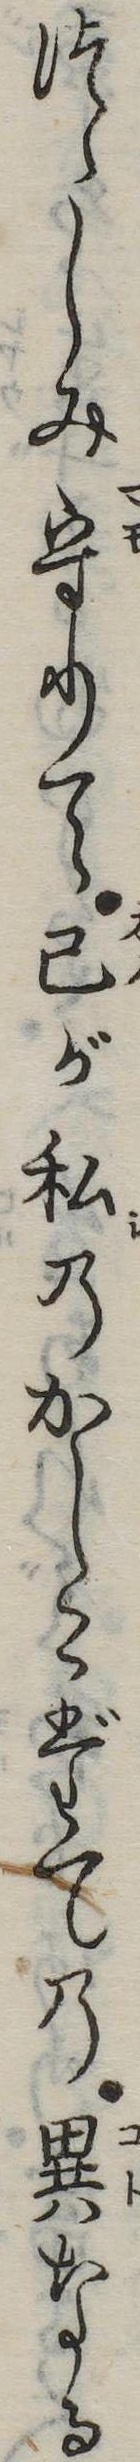
つゝしみ守りて己が私のかしこだての異なる